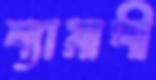
শ্যামাঙ্গী